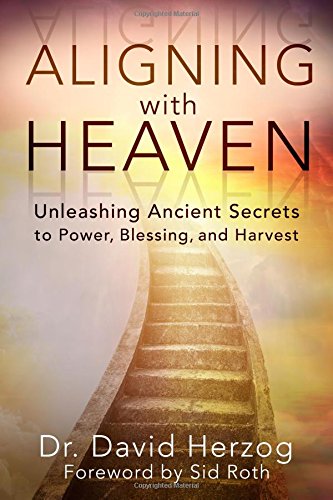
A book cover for Aligning with Heaven: Unleashing Ancient secrets to Power, Blessing and Harvest; David Herzog; Christian Books & Bibles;